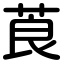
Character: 莨